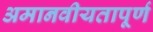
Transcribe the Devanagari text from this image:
अमानवीयतापूर्ण